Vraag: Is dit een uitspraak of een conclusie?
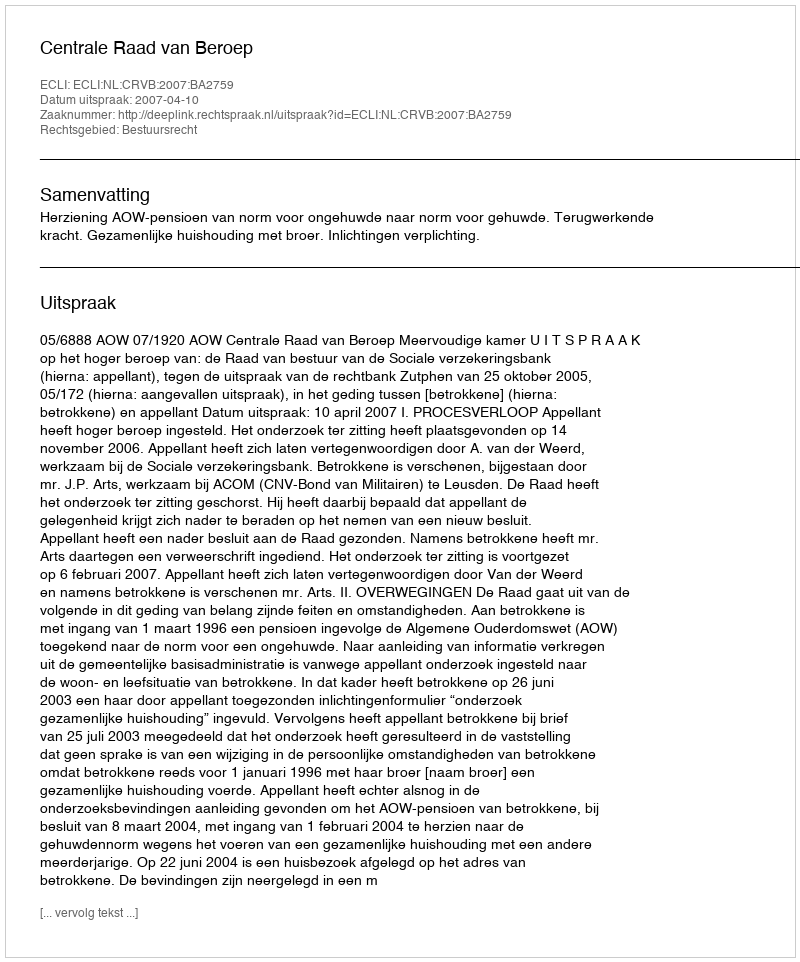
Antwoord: Uitspraak